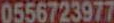
0556723977